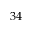
3 4